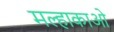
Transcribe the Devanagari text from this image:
मल्हाकाओ